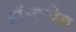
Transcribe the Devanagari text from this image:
डॉ॰रूपेश